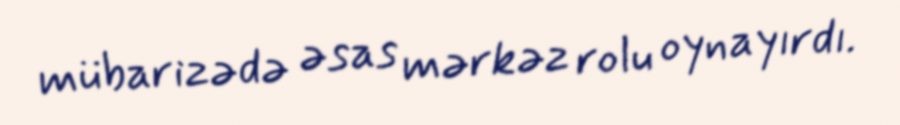
mübarizədə əsas mərkəz rolu oynayırdı.